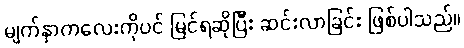
မျက်နှာကလေးကိုပင် မြင်ရဆိုပြီး ဆင်းလာခြင်း ဖြစ်ပါသည်။